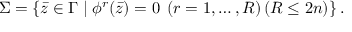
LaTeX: \Sigma = \left\{ \bar { z } \in \Gamma \mid \phi ^ { r } ( \bar { z } ) = 0 \; \left( r = 1 , \ldots , R \right) \left( R \leq 2 n \right) \right\} .